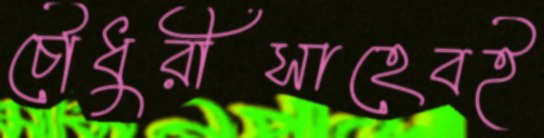
চৌধুরীসাহেবই